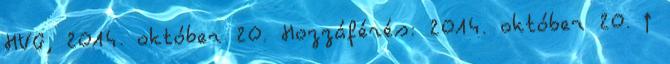
HVG, 2014. október 20. Hozzáférés: 2014. október 20. ↑